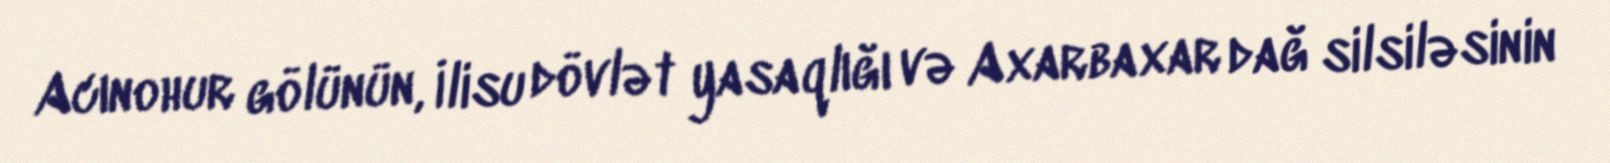
Acınohur gölünün, İlisu dövlət yasaqlığı və Axarbaxar dağ silsiləsinin